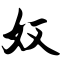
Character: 奴